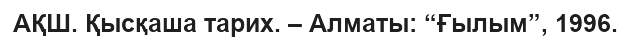
АҚШ. Қысқаша тарих. – Алматы: “Ғылым”, 1996.